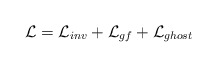
\begin{align*}{\cal L} = {\cal L}_{inv} + {\cal L}_{gf} + {\cal L}_{ghost}\end{align*}